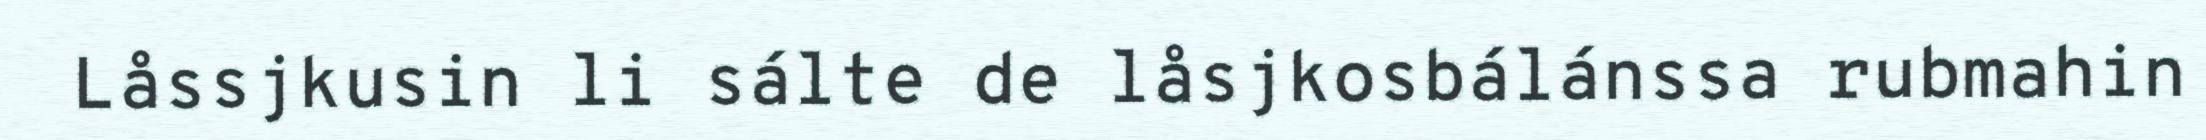
Låssjkusin li sálte de låsjkosbálánssa rubmahin